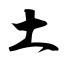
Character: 土